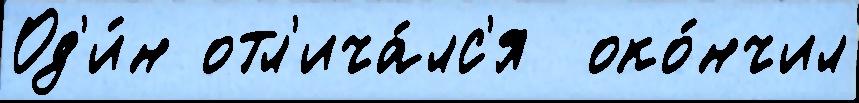
Од'и́н отл'ича́лс'я  око́нчил